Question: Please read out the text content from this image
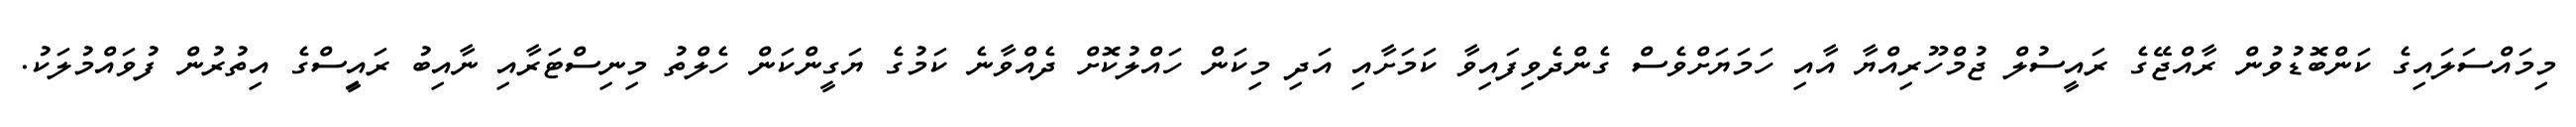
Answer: މިމައްސަލައިގެ ކަންބޮޑުވުން ރާއްޖޭގެ ރައީސުލް ޖުމްހޫރިއްޔާ އާއި ހަމަޔަށްވެސް ގެންދެވިފައިވާ ކަމަށާއި އަދި މިކަން ހައްލުކޮށް ދެއްވާނެ ކަމުގެ ޔަގީންކަން ހެލްތު މިނިސްޓަރާއި ނާއިބު ރައިީސްގެ އިތުރުން ފުވައްމުލަކު.